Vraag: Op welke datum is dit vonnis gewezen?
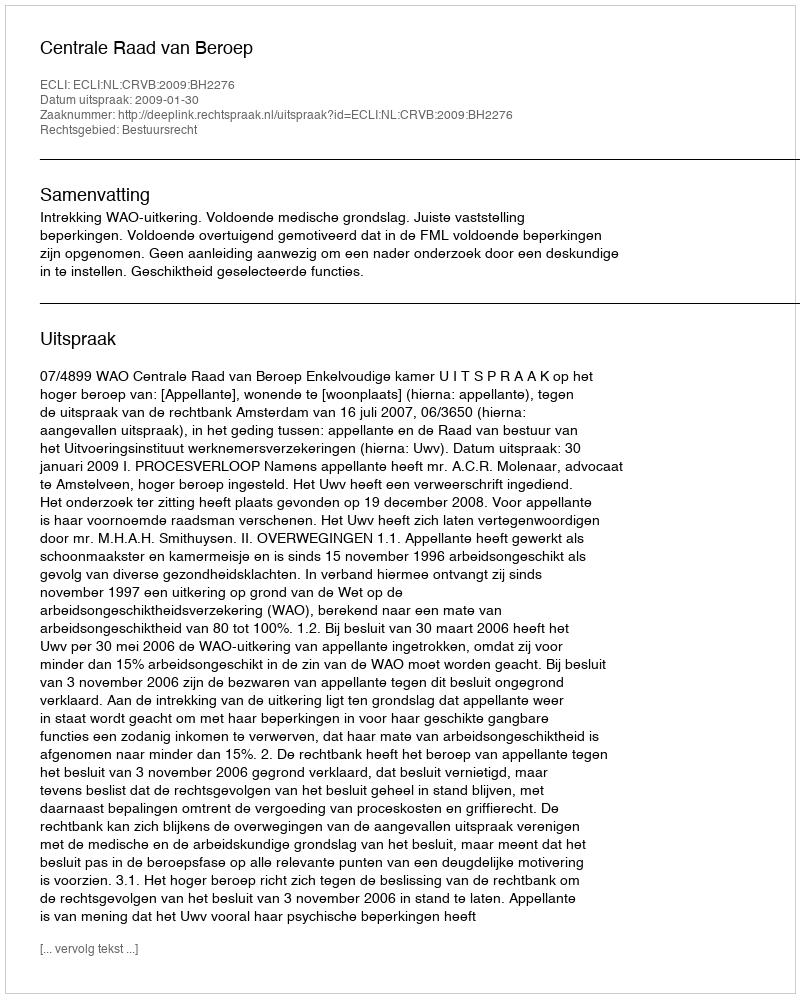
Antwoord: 2009-01-30